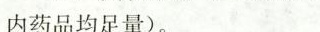
内药品均足量)。